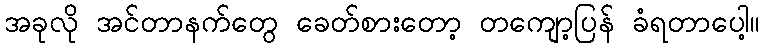
အခုလို အင်တာနက်တွေ ခေတ်စားတော့ တကျော့ပြန် ခံရတာပေါ့။